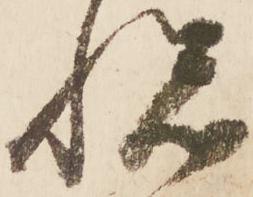
悦